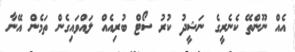
އެއް ނޫންތޭ ކެނެރީގެ ނަޝީދު ކުރު ސޯޓް ބުރިއެއް ލައްވައިގެން ތަމެން އޭނާ